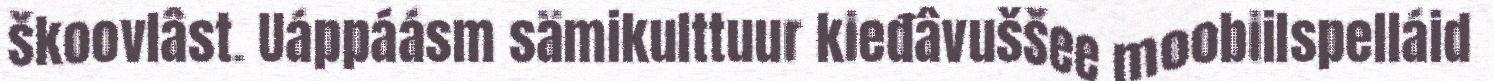
škoovlâst. Uáppáásm sämikulttuur kieđâvuššee moobiilspelláid